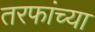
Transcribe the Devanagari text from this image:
तरफांच्या